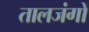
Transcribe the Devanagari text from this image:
तालजंगों